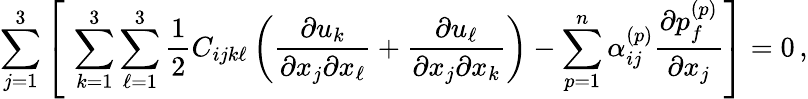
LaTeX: \sum_{j=1}^{3}\left[\, \, \sum_{k=1}^{3}\sum_{\ell=1}^{3}\frac{1}{2}C_{ijk\ell}\left(\frac{\partial u_{k}}{\partial{x_{j}}\partial{x_{\ell}}}+\frac{\partial u_{\ell}}{\partial{x_{j}}\partial{x_{k}}}\right)-\sum_{p=1}^{n}\alpha_{ij}^{(p)}\frac{\partial{p_{f}^{(p)}}}{\partial{x_{j}}}\right]=0\, ,